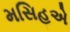
મસિહએ